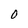
Character: O